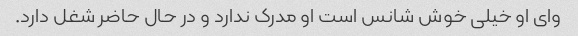
وای او خیلی خوش شانس است او مدرک ندارد و در حال حاضر شغل دارد.